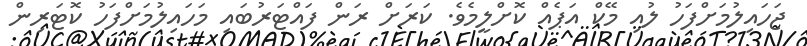
ޖަހައިލުމަށްފަހު ލުއި މޭކް އަޕެއް ކޮށްލީމެވެ. ކަރަށް ރަން ފައްޓަރުބައި މަހައިލުމަށްފަހު ކޮޓަރިން